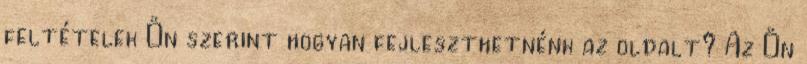
feltételek Ön szerint hogyan fejleszthetnénk az oldalt? Az Ön